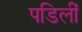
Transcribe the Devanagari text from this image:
पडिलीं